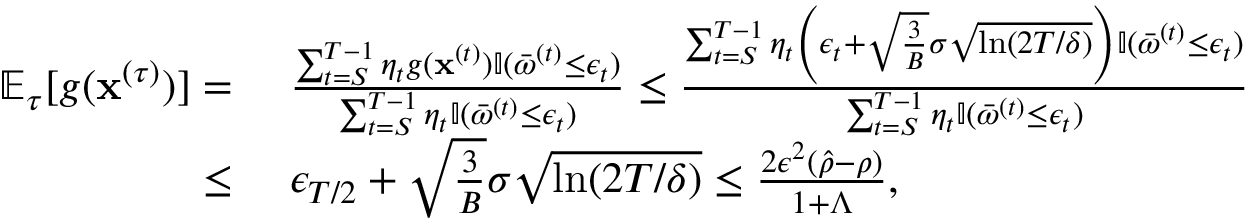
\begin{array} { r l } { \mathbb { E } _ { \tau } [ g ( { \mathbf x } ^ { ( \tau ) } ) ] = } & { ~ \frac { \sum _ { t = S } ^ { T - 1 } \eta _ { t } g ( { \mathbf x } ^ { ( t ) } ) \mathbb { I } ( \bar { \omega } ^ { ( t ) } \leq \epsilon _ { t } ) } { \sum _ { t = S } ^ { T - 1 } \eta _ { t } \mathbb { I } ( \bar { \omega } ^ { ( t ) } \leq \epsilon _ { t } ) } \leq \frac { \sum _ { t = S } ^ { T - 1 } \eta _ { t } \left( \epsilon _ { t } + \sqrt { \frac { 3 } { B } } \sigma \sqrt { \ln ( 2 T / \delta ) } \right) \mathbb { I } ( \bar { \omega } ^ { ( t ) } \leq \epsilon _ { t } ) } { \sum _ { t = S } ^ { T - 1 } \eta _ { t } \mathbb { I } ( \bar { \omega } ^ { ( t ) } \leq \epsilon _ { t } ) } } \\ { \leq } & { ~ \epsilon _ { T / 2 } + \sqrt { \frac { 3 } { B } } \sigma \sqrt { \ln ( 2 T / \delta ) } \leq \frac { 2 \epsilon ^ { 2 } ( \hat { \rho } - \rho ) } { 1 + \Lambda } , } \end{array}